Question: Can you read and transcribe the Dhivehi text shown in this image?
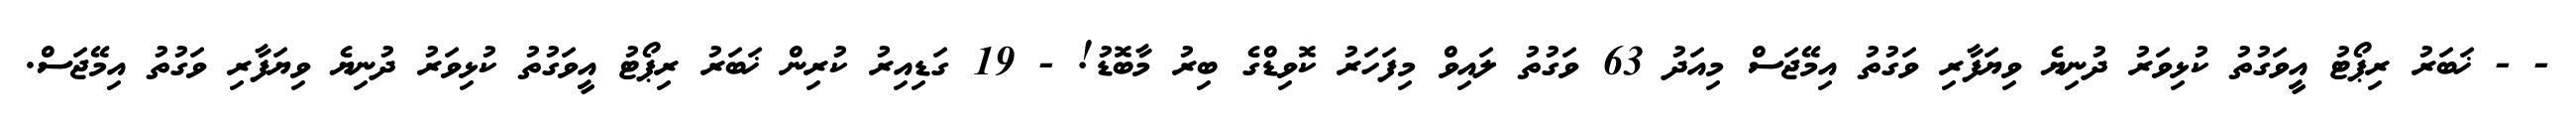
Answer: - - ޚަބަރު ރިޕޯޓު އީވަގުތު ކުޅިވަރު ދުނިޔެ ވިޔަފާރި ވަގުތު އިމޭޖަސް މިއަދު 63 ވަގުތު ލައިވް މިފަހަރު ކޮވިޑްގެ ބިރު މާބޮޑު! - 19 ގަޑިއިރު ކުރިން ޚަބަރު ރިޕޯޓު އީވަގުތު ކުޅިވަރު ދުނިޔެ ވިޔަފާރި ވަގުތު އިމޭޖަސް.